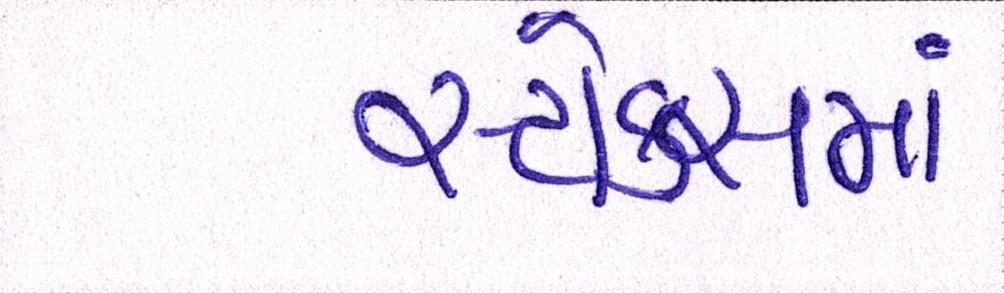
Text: સ્ટોક્સમાં